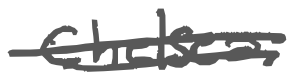
Text: Chelsea.
Cross-out: double-line
Writing tool: digital_gray